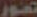
تصور